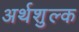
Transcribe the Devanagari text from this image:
अर्थशुल्क